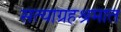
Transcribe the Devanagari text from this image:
सत्याग्रहश्रमात